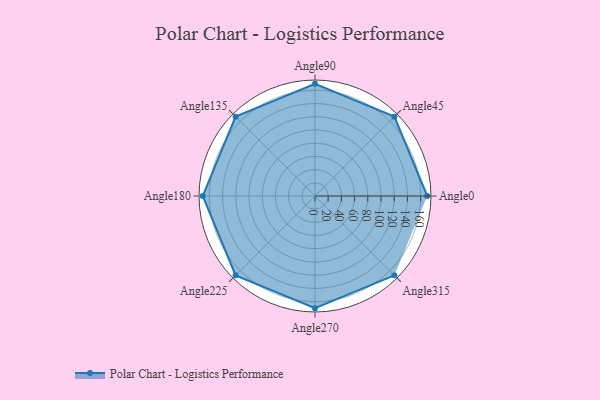
{"axis": {"x": "Angle", "y": "Radius"}, "legend": [""], "data": [{"x": "Angle0", "y": 170, "type": ""}, {"x": "Angle45", "y": 170, "type": ""}, {"x": "Angle90", "y": 170, "type": ""}, {"x": "Angle135", "y": 170, "type": ""}, {"x": "Angle180", "y": 170, "type": ""}, {"x": "Angle225", "y": 170, "type": ""}, {"x": "Angle270", "y": 170, "type": ""}, {"x": "Angle315", "y": 170, "type": ""}]}